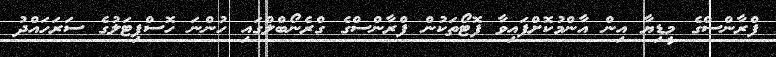
ފްރާންސްގެ މީޑިޔާ އިން އާންމުކޮށްފައިވާ ފޮޓޯތަކުން ފްރާންސްގެ ގްރެނޯބްލްގައި ހުންނަ ހޮސްޕިޓަލުގެ ސަރަހައްދު